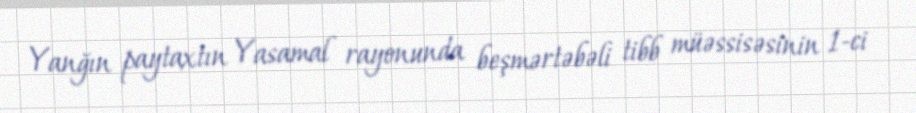
Yanğın paytaxtın Yasamal rayonunda beşmərtəbəli tibb müəssisəsinin 1-ci